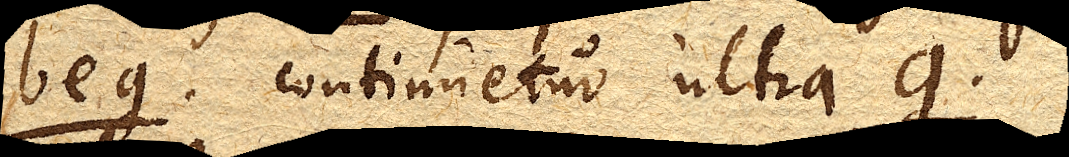
beg. continuetur ultra g.